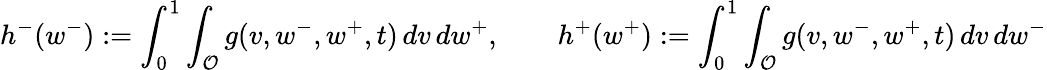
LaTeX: h^{-}(w^{-}):=\int_{0}^{1}\int_{\mathcal{O}}g(v,w^{-},w^{+},t)\, dv\, dw^{+},\qquad h^{+}(w^{+}):=\int_{0}^{1}\int_{\mathcal{O}}g(v,w^{-},w^{+},t)\, dv\, dw^{-}